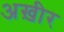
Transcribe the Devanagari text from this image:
अख़ीर